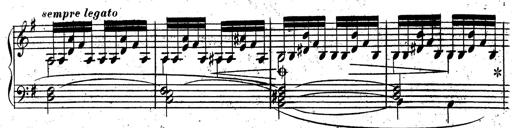
Title: Rondeau fantastique sur un thÃ¨me espagnol
Composer: Franz Liszt